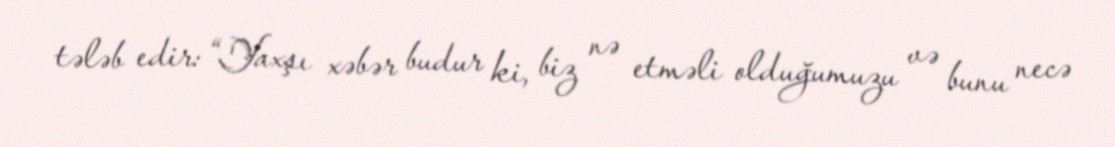
tələb edir: “Yaxşı xəbər budur ki, biz nə etməli olduğumuzu və bunu necə